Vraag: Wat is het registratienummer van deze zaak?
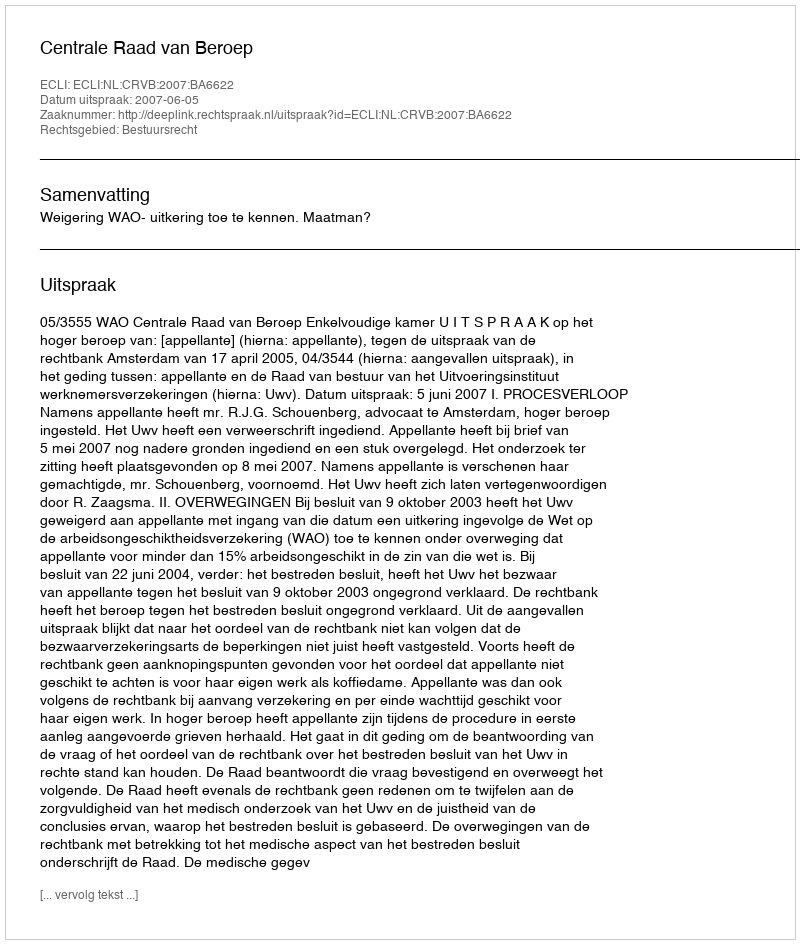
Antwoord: http://deeplink.rechtspraak.nl/uitspraak?id=ECLI:NL:CRVB:2007:BA6622